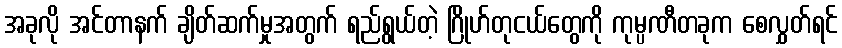
အခုလို အင်တာနက် ချိတ်ဆက်မှုအတွက် ရည်ရွယ်တဲ့ ဂြိုဟ်တုငယ်တွေကို ကုမ္ပဏီတခုက စေလွှတ်ရင်